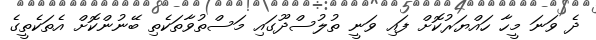
ދެ ވަނަ މީހާ ހައްޔަރުކޮށް ފައި ވަނީ ތުލުސްދޫގައި މަސްތުވާތަކެތި ބޭނުންކޮށް އެތަކެތީގެ